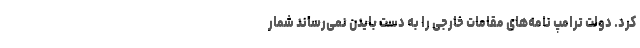
کرد. دولت ترامپ نامه‌های مقامات خارجی را به دست بایدن نمی‌رساند شمار